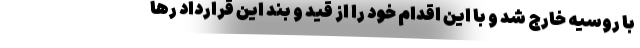
با روسیه خارج شد و با این اقدام خود را از قید و بند این قرارداد رها